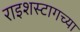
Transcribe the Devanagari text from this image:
राइशस्टागच्या